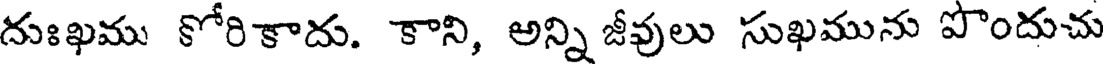
దుఃఖము కోరికాదు. కాని, అన్ని జీవులు సుఖమును పొందుచు